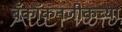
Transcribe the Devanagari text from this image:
बँकॉकनजीकच्या